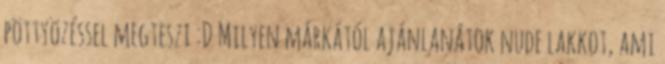
pöttyözéssel megteszi :D Milyen márkától ajánlanátok nude lakkot, ami